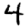
Digit: 4